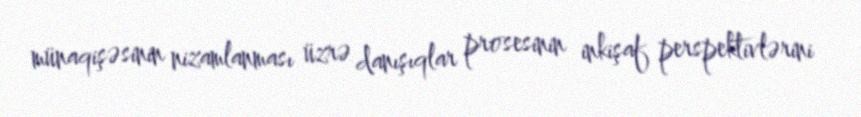
münaqişəsinin nizamlanması üzrə danışıqlar prosesinin inkişaf perspektivlərini